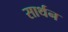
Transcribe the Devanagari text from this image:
सार्थन